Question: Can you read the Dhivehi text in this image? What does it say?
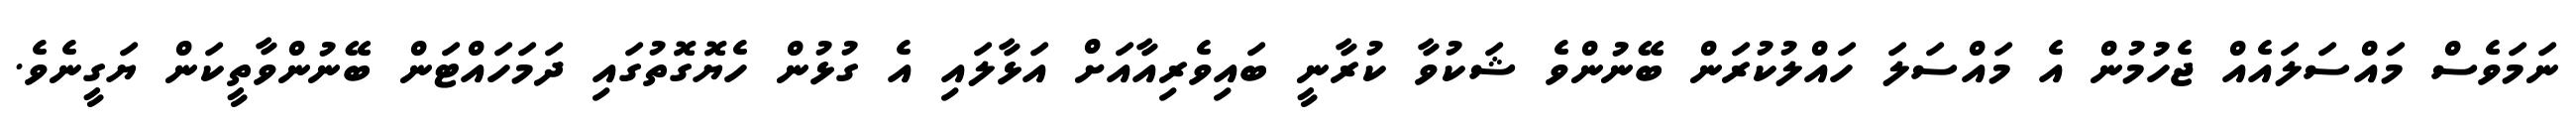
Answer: ނަމަވެސް މައްސަލައެއް ޖެހުމުން އެ މައްސަލަ ހައްލުކުރަން ބޭނުންވެ ޝަކުވާ ކުރާނީ ބައިވެރިއާއަށް އަޅާލައި އެ ގުޅުން ހެޔޮގޮތުގައި ދަމަހައްޓަން ބޭނުންވާތީކަން ޔަގީނެވެ.